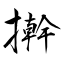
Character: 擀